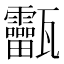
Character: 𤮸